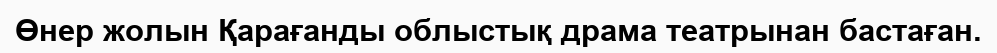
Өнер жолын Қарағанды облыстық драма театрынан бастаған.